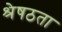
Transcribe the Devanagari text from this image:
श्रेषठता